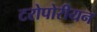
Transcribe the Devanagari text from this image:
टरोपोरीयन